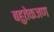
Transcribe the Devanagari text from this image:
बहुतेकजण